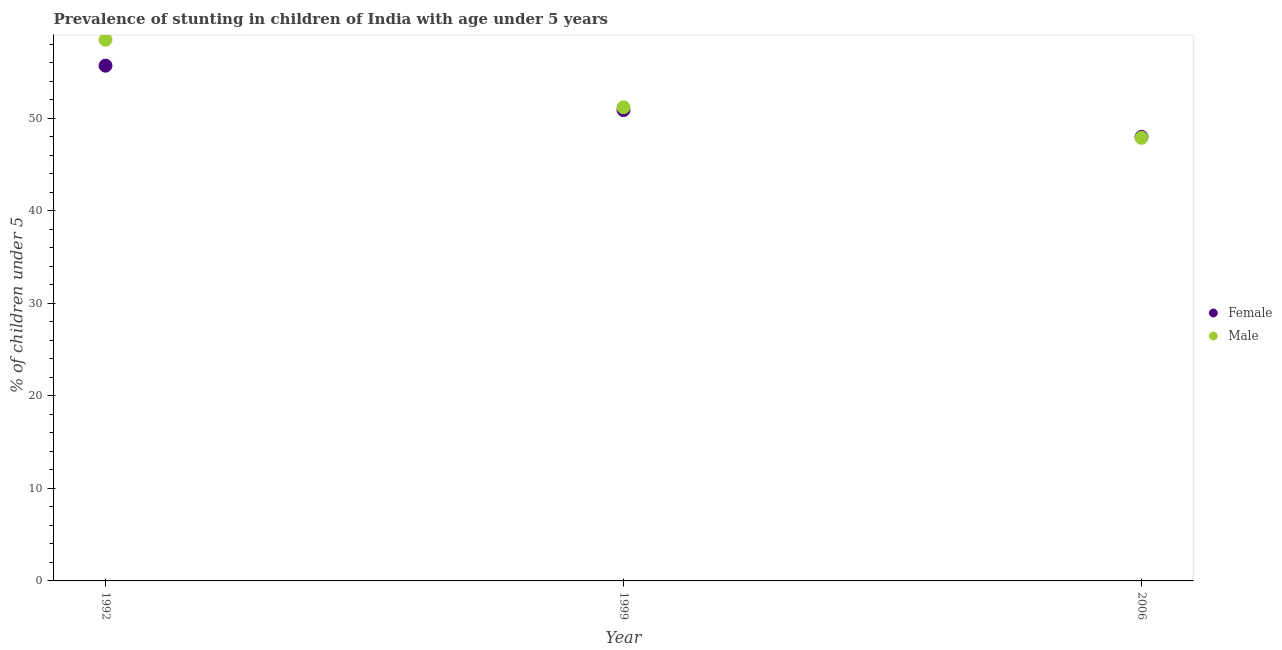
| Year | Female | Male |
 | --- | --- | --- |
 | 1992 | 55.7 | 58.5 |
 | 1999 | 50.9 | 51.2 |
 | 2006 | 48 | 47.9 |